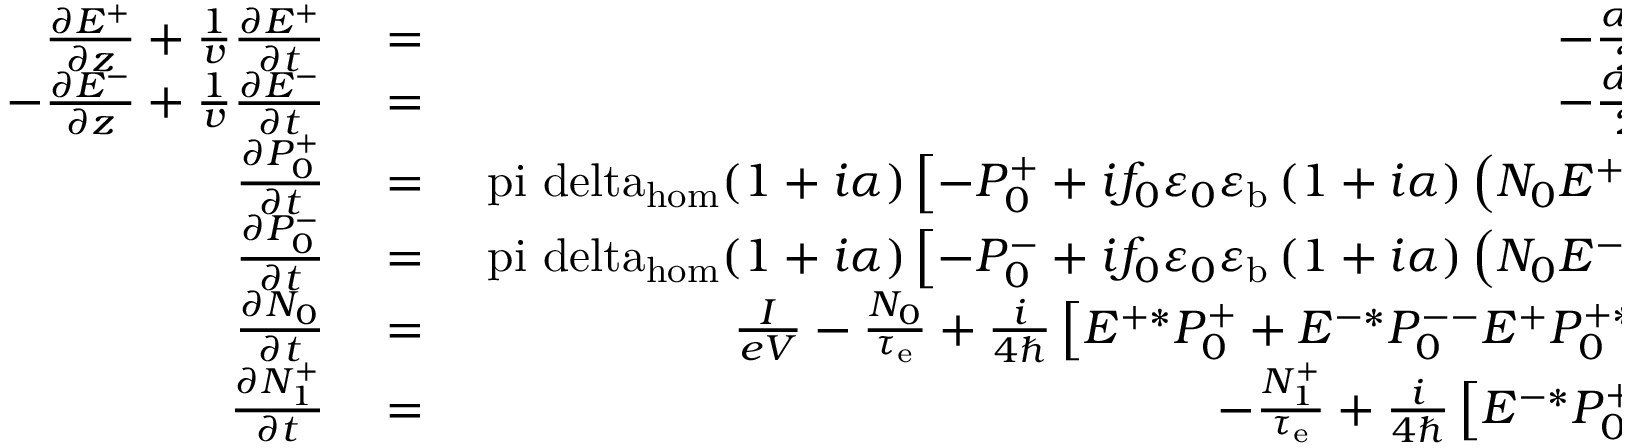
\begin{array} { r l r } { \frac { \partial E ^ { + } } { \partial z } + \frac { 1 } { v } \frac { \partial E ^ { + } } { \partial t } } & { { } = } & { - \frac { \alpha _ { \mathrm { L } } } { 2 } E ^ { + } + g P _ { 0 } ^ { + } , } \\ { - \frac { \partial E ^ { - } } { \partial z } + \frac { 1 } { v } \frac { \partial E ^ { - } } { \partial t } } & { { } = } & { - \frac { \alpha _ { \mathrm { L } } } { 2 } E ^ { - } + g P _ { 0 } ^ { - } , } \\ { \frac { \partial P _ { 0 } ^ { + } } { \partial t } } & { { } = } & { \mathrm { \ p i \ d e l t a _ { h o m } } ( 1 + i \alpha ) \left[ - P _ { 0 } ^ { + } + i f _ { 0 } \varepsilon _ { 0 } \varepsilon _ { \mathrm { b } } \left( 1 + i \alpha \right) \left( N _ { 0 } E ^ { + } + N _ { 1 } ^ { + } E ^ { - } \right) \right] , } \\ { \frac { \partial P _ { 0 } ^ { - } } { \partial t } } & { { } = } & { \mathrm { \ p i \ d e l t a _ { h o m } } ( 1 + i \alpha ) \left[ - P _ { 0 } ^ { - } + i f _ { 0 } \varepsilon _ { 0 } \varepsilon _ { \mathrm { b } } \left( 1 + i \alpha \right) \left( N _ { 0 } E ^ { - } + N _ { 1 } ^ { - } E ^ { + } \right) \right] , } \\ { \frac { \partial N _ { 0 } } { \partial t } } & { { } = } & { \frac { I } { e V } - \frac { N _ { 0 } } { \tau _ { \mathrm { e } } } + \frac { i } { 4 \hbar } \left[ E ^ { + * } P _ { 0 } ^ { + } + E ^ { - * } P _ { 0 } ^ { -- } E ^ { + } P _ { 0 } ^ { + * } - E ^ { - } P _ { 0 } ^ { - * } \right] , } \\ { \frac { \partial N _ { 1 } ^ { + } } { \partial t } } & { { } = } & { - \frac { N _ { 1 } ^ { + } } { \tau _ { \mathrm { e } } } + \frac { i } { 4 \hbar } \left[ E ^ { - * } P _ { 0 } ^ { + } - E ^ { + } P _ { 0 } ^ { - * } \right] . } \end{array}